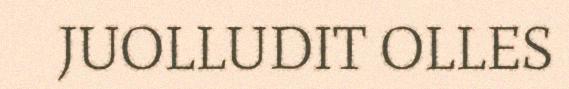
JUOLLUDIT OLLES